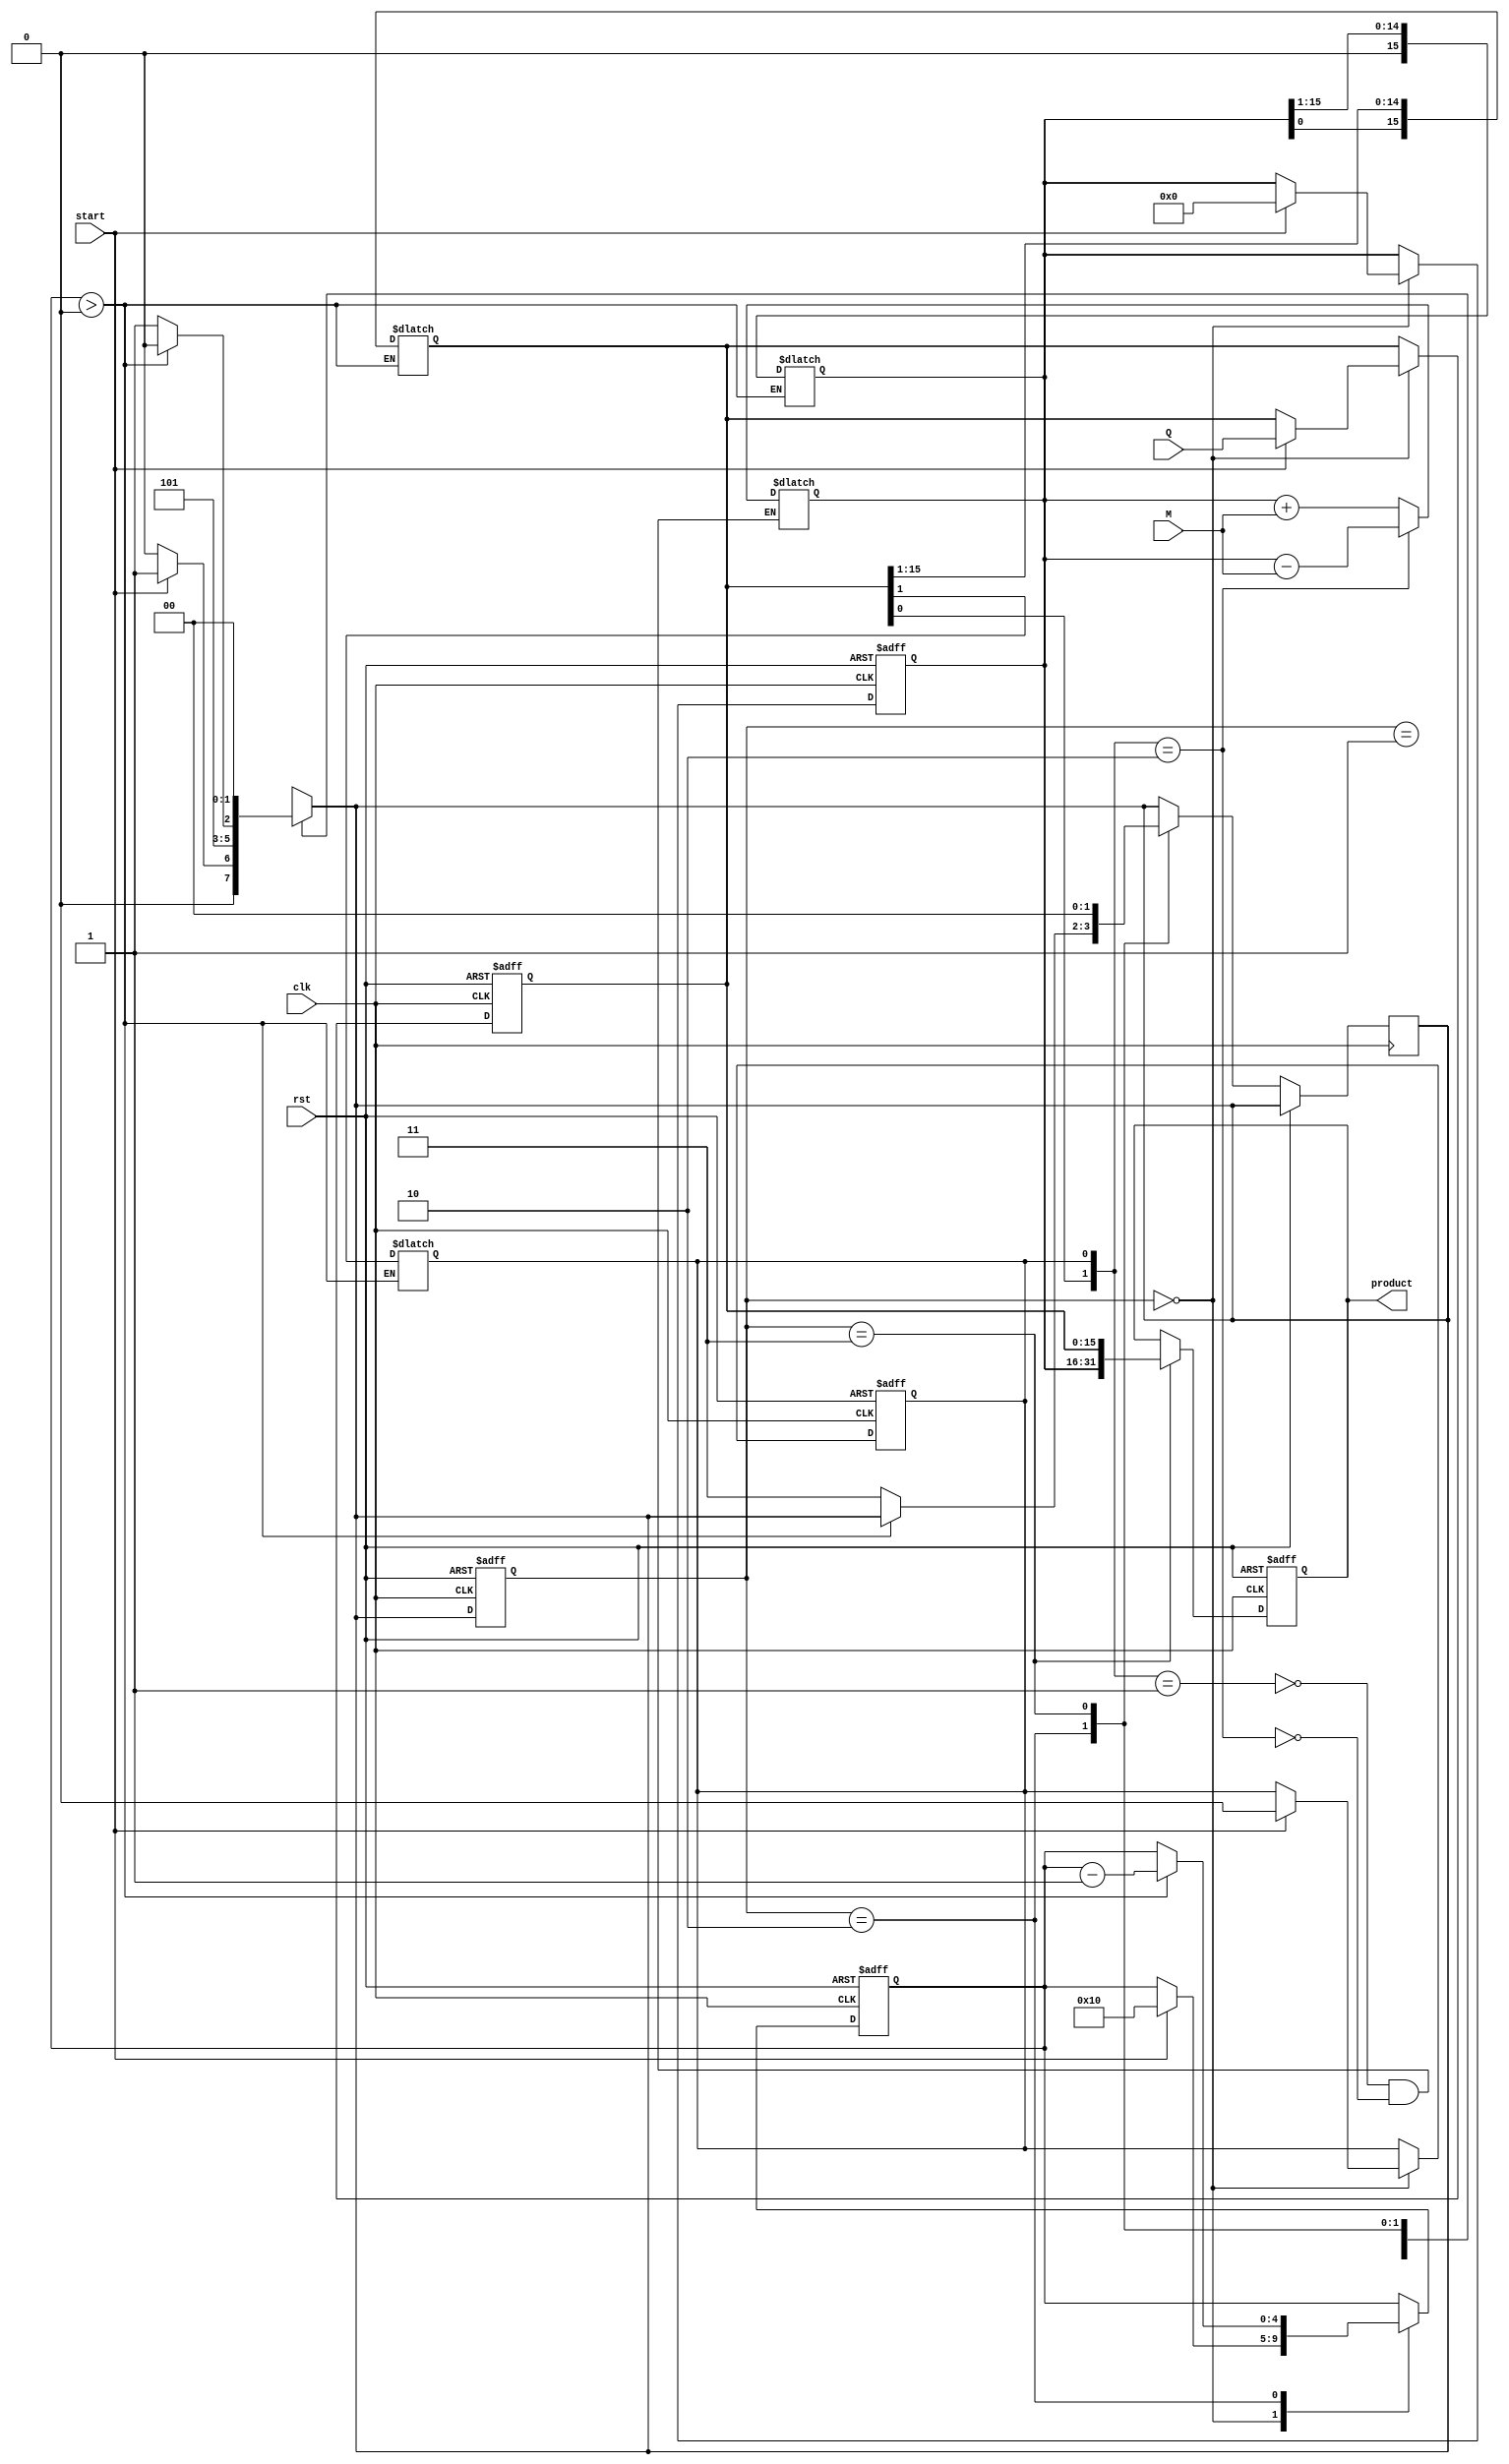
module booth_multiplier (
    input signed [15:0] M,        // Multiplicand
    input signed [15:0] Q,        // Multiplier
    input start,                  // Start signal
    input clk,                    // Clock signal
    input rst,                    // Reset signal
    output reg signed [31:0] product // Product output
);

    reg signed [15:0] A;          // A register
    reg signed [15:0] Q_reg;      // Q register (working copy of multiplier)
    reg Q_1;                      // Q-1 register (previous LSB of Q)
    reg [4:0] count;              // Count for iterations

    // State machine states
    parameter IDLE = 2'b00, 
              INIT = 2'b01, 
              CALC = 2'b10, 
              DONE = 2'b11;
    reg [1:0] state, next_state;

    // ALU operation based on Booth's algorithm
    always @(*) begin
        case ({Q_reg[0], Q_1})
            2'b01: A = A + M;      // A = A + M
            2'b10: A = A - M;      // A = A - M
            default: A = A;        // No operation
        endcase
    end

    // Shift operation
    always @(*) begin
        if (count > 0) begin
            {A, Q_reg} = {A, Q_reg} >> 1; // Shift right
            Q_1 = Q_reg[0];                // Update Q-1
        end
    end

    // State Machine
    always @(posedge clk or posedge rst) begin
        if (rst) begin
            state <= IDLE;
            A <= 0;
            Q_reg <= 0;
            Q_1 <= 0;
            count <= 0;
            product <= 0;
        end else begin
            state <= next_state;
            case (state)
                IDLE: begin
                    if (start) begin
                        A <= 0;               // Initialize A to 0
                        Q_reg <= Q;           // Load Q register
                        Q_1 <= 0;             // Initialize Q-1 to 0
                        count <= 16;          // Set iteration count (bit-width of Q)
                    end
                end
                CALC: begin
                    if (count > 0) begin
                        // Perform ALU operation
                        // Shift operation will be handled in the next always block
                        count <= count - 1; // Decrement count
                    end else begin
                        next_state <= DONE;  // Go to DONE state
                    end
                end
                DONE: begin
                    product <= {A, Q_reg};   // Combine A and Q for final product
                    next_state <= IDLE;      // Go back to IDLE state
                end
            endcase
        end
    end

    // Next state logic
    always @(*) begin
        case (state)
            IDLE: next_state = (start) ? INIT : IDLE;
            INIT: next_state = CALC;
            CALC: next_state = (count > 0) ? CALC : DONE;
            DONE: next_state = IDLE;
            default: next_state = IDLE;
        endcase
    end

endmodule